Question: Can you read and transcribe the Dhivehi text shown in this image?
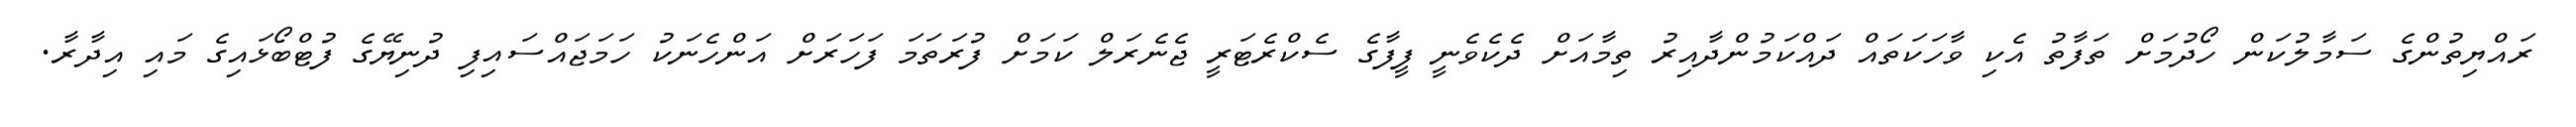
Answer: ރައްޔިތުންގެ ސަމާލުކަން ހޯދުމަށް ތަފާތު އެކި ވާހަކަތައް ދައްކަމުންދާއިރު ތިމާއަށް ދެކެވެނީ ފީފާގެ ސެކްރެޓަރީ ޖެނެރަލް ކަމަށް ފުރަތަމަ ފަހަރަށް އަންހެނަކު ހަމަޖައްސައިފި ދުނިޔޭގެ ފުޓްބޯޅައިގެ މައި އިދާރާ.